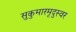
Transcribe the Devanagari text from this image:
सुकुमारमृदुस्वर